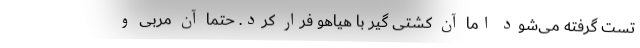
تست گرفته می‌شود اما آن کشتی گیر با هیاهو فرار کرد. حتما آن مربی و